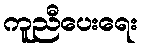
ကူညီပေးရေး